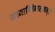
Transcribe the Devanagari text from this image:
कामाग्निनाशनम्॥